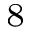
^ { 8 }